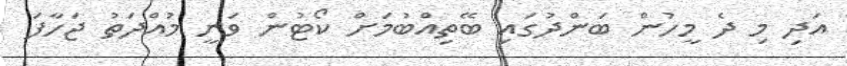
އަދި މި ދެ މީހުން ބަންދުގައި ބޭތިއްބުމަށް ކޯޓުން ވަނީ މުއްދަތު ޖަހާފަ